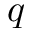
q